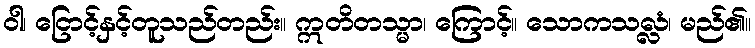
ဝါ၊ ငြောင့်နှင့်တူသည်တည်း။ ဣတိတသ္မာ၊ ကြောင့်။ သောကသလ္လံ၊ မည်၏။